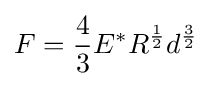
F={\frac {4}{3}}E^{*}R^{\frac {1}{2}}d^{\frac {3}{2}}